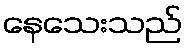
နေသေးသည်